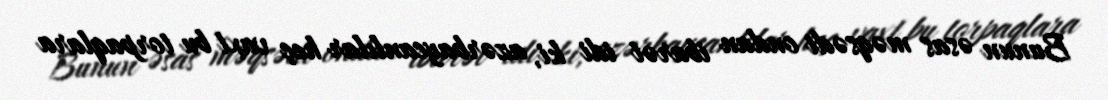
Bunun əsas məqsədi ondan ibarət idi ki, azərbaycanlılar heç vaxt bu torpaqlara